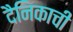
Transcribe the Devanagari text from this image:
दैनिकाची